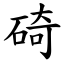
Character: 碕